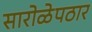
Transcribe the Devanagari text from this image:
सारोळेपठार